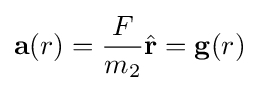
\mathbf {a} (r)={\frac {F}{m_{2}}}{\hat {\mathbf {r} }}=\mathbf {g} (r)